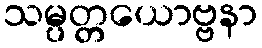
သမ္ပတ္တယောဗ္ဗနာ